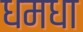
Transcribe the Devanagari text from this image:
धमधा